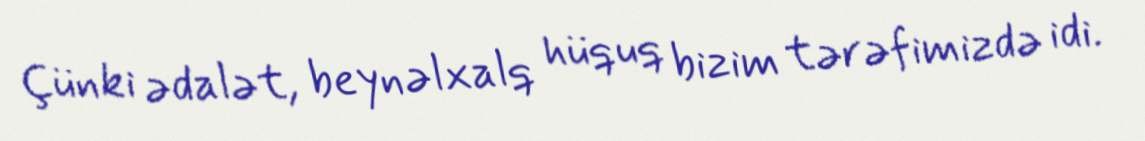
Çünki ədalət, beynəlxalq hüquq bizim tərəfimizdə idi.